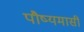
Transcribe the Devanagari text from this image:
पौष्यमासीं